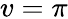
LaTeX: v=\pi